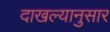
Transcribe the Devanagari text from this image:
दाखल्यानुसार